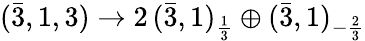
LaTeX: ({\bar{3}},1,3)\rightarrow 2\, ({\bar{3}},1)_{\frac{1}{3}}\oplus({\bar{3}},1)_{-{\frac{2}{3}}}